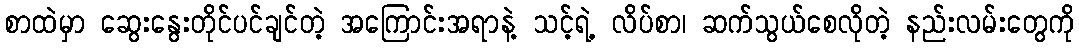
စာထဲမှာ ဆွေးနွေးတိုင်ပင်ချင်တဲ့ အကြောင်းအရာနဲ့ သင့်ရဲ့ လိပ်စာ၊ ဆက်သွယ်စေလိုတဲ့ နည်းလမ်းတွေကို